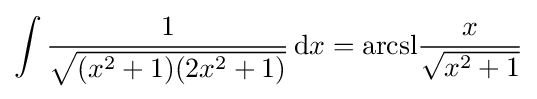
\int {\frac {1}{\sqrt {(x^{2}+1)(2x^{2}+1)}}}\,\mathrm {d} x={\operatorname {arcsl} }{\frac {x}{\sqrt {x^{2}+1}}}